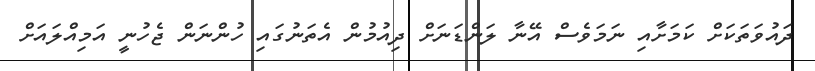
ދައުވަތަކަށް ކަމަށާއި ނަމަވެސް އޭނާ ލަންޑަނަށް ދިއުމުން އެތަނުގައި ހުންނަން ޖެހުނީ އަމިއްލައަށް